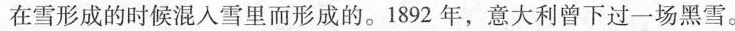
在雪形成的时候混入雪里而形成的。1892年，意大利曾下过一场黑雪。